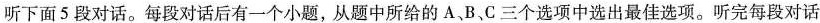
听下面5段对话。每段对话后有一个小题，从题中所给的 A、B、C三个选项中选出最佳选项。听完每段对话